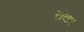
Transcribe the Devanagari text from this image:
रांका